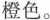
橙色。